Serum-therapy of plague in India - Number 20
Disease focus: Plague
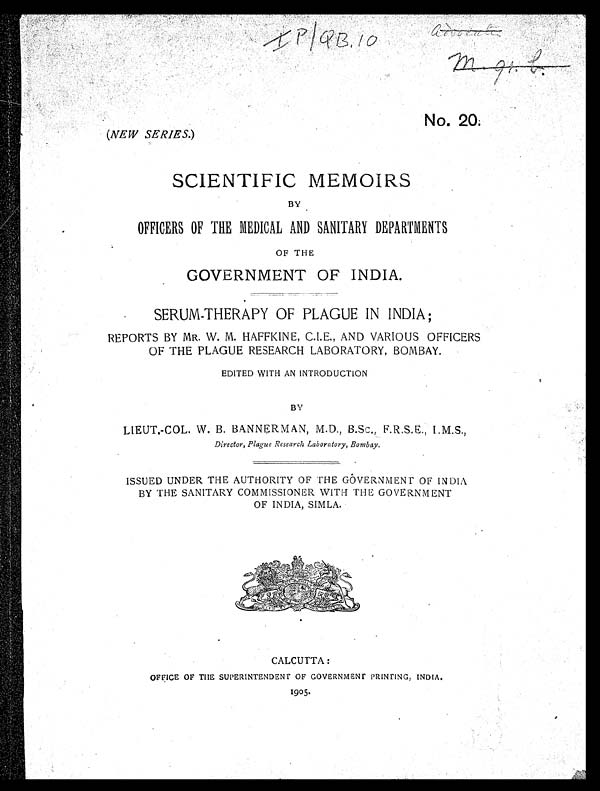
IP/QB, 10
No. 20.
(NEW SERIES.)
SCIENTIFIC MEMOIRS
BY
OFFICERS OF THE MEDICAL AND SANITARY DEPARTMENTS
OF THE
GOVERNMENT OF INDIA.
SERUM-THERAPY OF PLAGUE IN INDIA ;
REPORTS BY MR. W. M. HAFFKINE, C.I.E., AND VARIOUS OFFICERS
OF THE PLAGUE RESEARCH LABORATORY, BOMBAY.
EDITED WITH AN INTRODUCTION
BY
LIEUT.-COL. W. B. BANNERMAN, M.D., B.SC., F.R.S.E., I.M.S.,
Director, Plague Research Laboratory, Bombay.
ISSUED UNDER THE AUTHORITY OF THE GOVERNMENT OF INDIA
BY THE SANITARY COMMISSIONER WITH THE GOVERNMENT
OF INDIA, SIMLA.
CALCUTTA:
OFFICE OF THE SUPERINTENDENT OF GOVERNMENT PRINTING, INDIA.
1905.